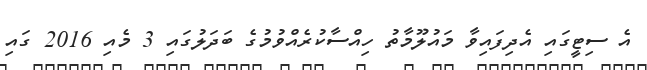
އެ ސިޓީގައި އެދިފައިވާ މައުލޫމާތު ހިއްސާކުރެއްވުމުގެ ބަދަލުގައި 3 މެއި 2016 ގައި